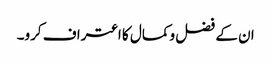
ان کے فضل وکمال کا اعتراف کرو۔